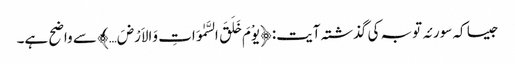
جیسا کہ سورئہ توبہ کی گذشتہ آیت: ﴿یوْمَ خَلَقَ السَّمٰوَاتِ وَالاَرْضَ…﴾ سے واضح ہے۔